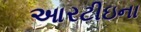
આરટીઇના